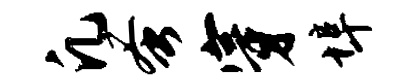
凡蚤穿埠